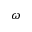
\omega